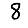
Digit: 8